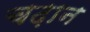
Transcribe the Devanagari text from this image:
चढ़ान